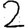
Digit: 2